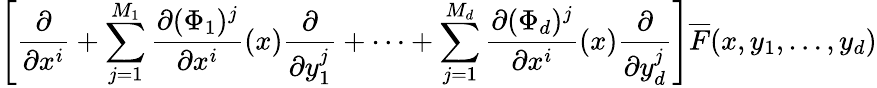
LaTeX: \left[\frac{\partial}{\partial x^{i}}+\sum_{j=1}^{M_{1}}\frac{\partial(\Phi_{1})^{j}}{\partial x^{i}}(x)\frac{\partial}{\partial y_{1}^{j}}+\cdots+\sum_{j=1}^{M_{d}}\frac{\partial(\Phi_{d})^{j}}{\partial x^{i}}(x)\frac{\partial}{\partial y_{d}^{j}}\right]\overline{{F}}(x,y_{1},\ldots,y_{d})